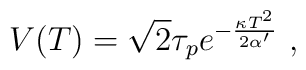
V(T) = \sqrt{2}\tau_pe^{-{\kappa T^2\over 2\alpha'}}\ ,